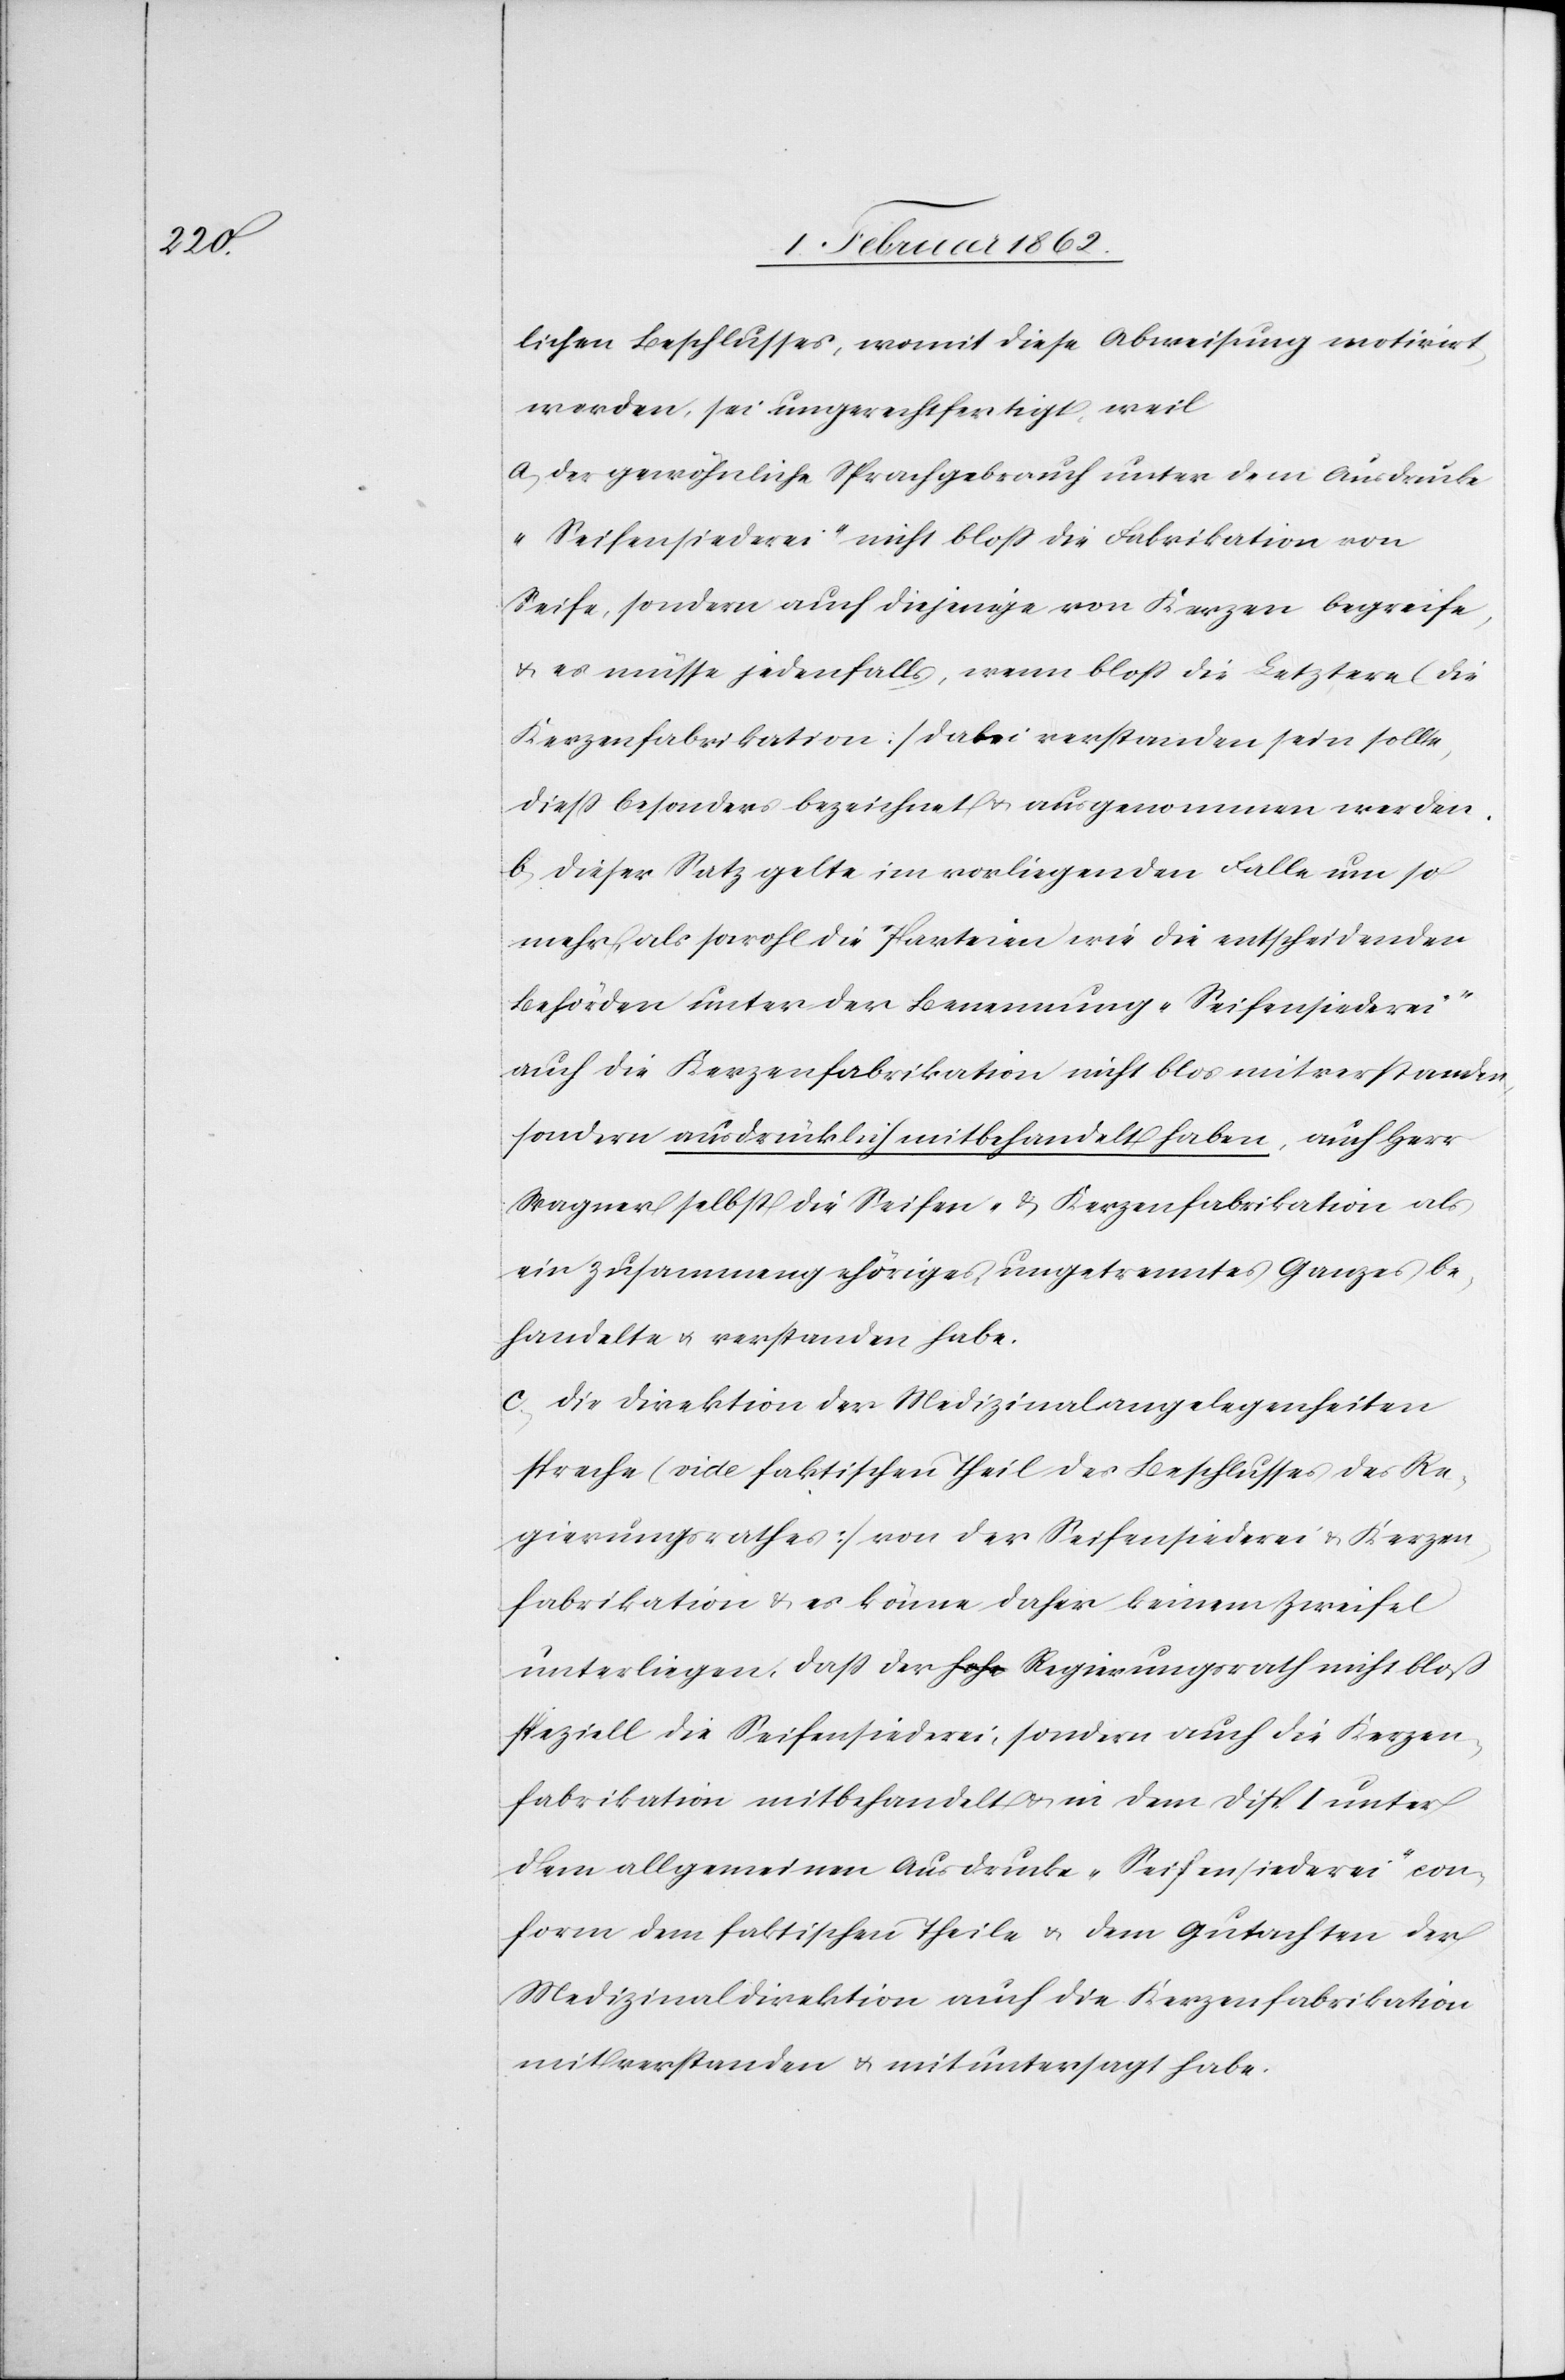
lichen Beschlusses, womit diese Abweisung motivirt
worden, sei ungerechtfertigt, weil
a) der gewöhnliche Sprachgebrauch unter dem Ausdrucke
„Seifensiederei“ nicht bloß die Fabrikation von
Seife, sondern auch diejenige von Kerzen begreife,
u. es müsse jedenfalls, wenn bloß die Letztere (die
Kerzenfabrikation) dabei verstanden sein sollte,
dieß besonders bezeichnet u. ausgenommen werden.
b) dieser Satz gelte im vorliegenden Falle um so
mehr, als sowohl die Parteien wie die entscheidenden
Behörden unter der Benennung „Seifensiederei“
auch die Kerzenfabrikation nicht blos mitverstanden,
sondern ausdrücklich mitbehandelt haben, auch Herr
Wagner selbst die Seifen- und Kerzenfabrikation als
ein zusammengehöriges, ungetrenntes Ganzes be¬
handelte u. verstanden habe.
c) die Direktion der Medizinalangelegenheiten
spreche (vide faktischen Theil des Beschlusses des Re¬
gierungsrathes) von der Seifensiederei & Kerzen¬
fabrikation & es könne daher keinem Zweifel
unterliegen, daß der hohe Regierungsrath nicht bloß
speziell die Seifensiederei, sondern auch die Kerzen¬
fabrikation mitbehandelt & in dem Disp. I unter
dem allgemeinen Ausdrucke „Seifensiederei“ con¬
form dem faktischen Theil u. dem Gutachten der
Medizinaldirektion auch die Kerzenfabrikation
mitverstanden u. mituntersagt habe.